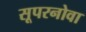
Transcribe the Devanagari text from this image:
सूपरनोवा